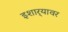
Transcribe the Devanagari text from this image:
इशार्‍यावर